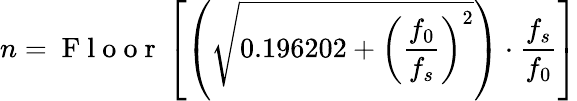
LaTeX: n=\mathrm{~F~l~o~o~r~}\left[\left(\sqrt{0.196202+\left(\frac{f_{0}}{f_{s}}\right)^{2}}\right)\cdot\frac{f_{s}}{f_{0}}\right]